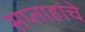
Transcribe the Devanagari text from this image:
सप्ताहांचे